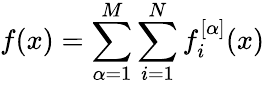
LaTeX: f(x)=\sum_{\alpha=1}^{M}\sum_{i=1}^{N}f_{i}^{[\alpha]}(x)